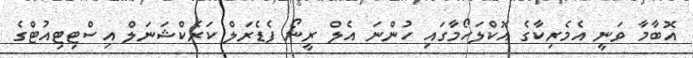
އޮބާމާ ވަނީ އެމެރިކާގެ އޮކްލަހޯމާގައި ހުންނަ އެލް ރީނޯ ފެޑެރަލް ކަރެކްޝަނަލް އިސްޓިޓިއުޓްގެ